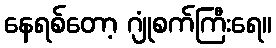
နေရစ်တော့ ဂျုံစက်ကြီးရေ။